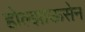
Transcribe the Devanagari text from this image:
होल्झाऊसेन